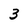
Character: 3